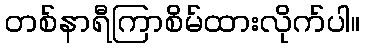
တစ်နာရီကြာစိမ်ထားလိုက်ပါ။